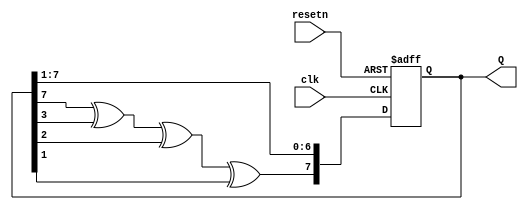
module pseudoRandomSeqGenerator( resetn, clk, Q);
	parameter n =8;
	input resetn, clk;
	output reg [n-1:0] Q;
	always @(negedge resetn, posedge clk)
	begin
		if(!resetn) Q<={1'b1, {n-2{1'b0}}};
		else begin
		Q <= Q >> 1;
		Q[n-1] <= Q[7] ^ Q[3] ^ Q[2] ^Q[1];
	end
	end
endmodule